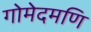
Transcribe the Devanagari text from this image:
गोमेदमणि